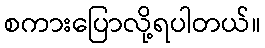
စကားပြောလို့ရပါတယ်။